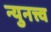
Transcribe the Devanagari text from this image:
न्युनत्त्व